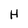
Character: H